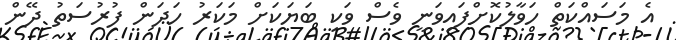
އެ މަސައްކަތް ހަވާލުކޮށްފައިވަނީ ވެސް ވަކި ބަޔަކަށް މަކަރު ހަދަން ފުރުސަތު ދޭން